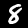
Digit: 8